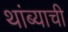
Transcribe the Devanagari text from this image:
थांब्याची